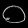
Digit: ၀